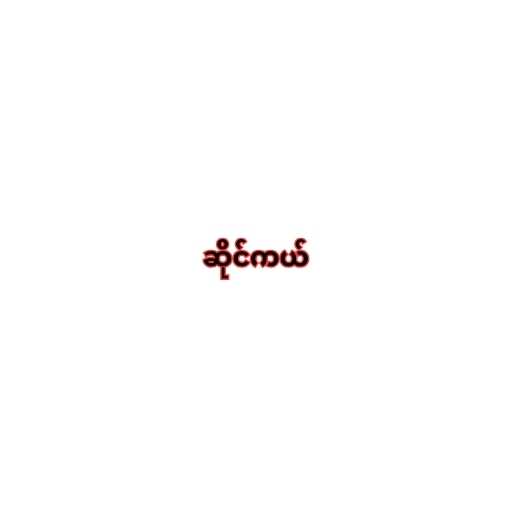
ဆိုင်ကယ်